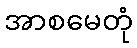
အာစမေတုံ